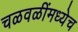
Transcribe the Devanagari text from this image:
चळवळींमध्येच